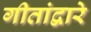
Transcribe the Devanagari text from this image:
गीतांद्वारे